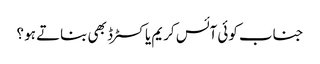
جناب کوئی آئس کریم یا کسٹرڈ بھی بناتے ہو ؟